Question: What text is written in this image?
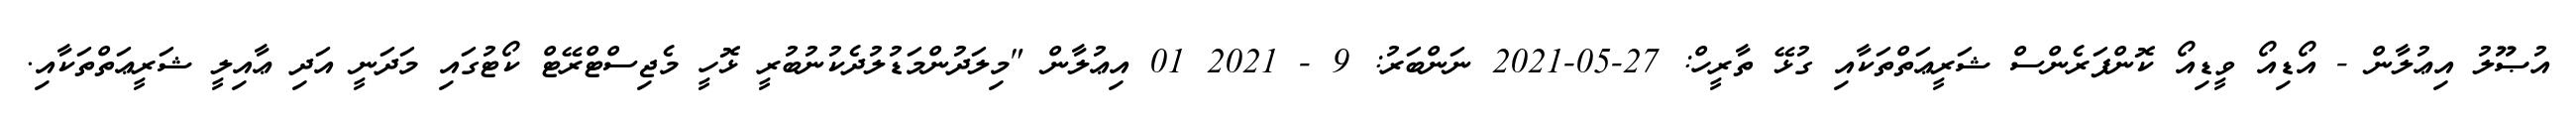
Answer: އުޞޫލު އިޢުލާން - އޯޑިއޯ ވީޑިއޯ ކޮންފަރެންސް ޝަރީޢަތްތަކާއި ގުޅޭ ތާރީހް: 27-05-2021 ނަންބަރު: 9 - 2021 01 އިޢުލާން "މިލަދުންމަޑުލުދެކުނުބުރީ ޅޮހީ މެޖިސްޓްރޭޓް ކޯޓުގައި މަދަނީ އަދި ޢާއިލީ ޝަރީޢަތްތަކާއި.